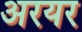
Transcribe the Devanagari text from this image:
अरयर